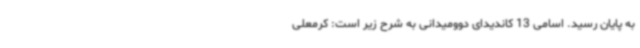
به پایان رسید. اسامی 13 کاندیدای دوومیدانی به شرح زیر است: کرمعلی